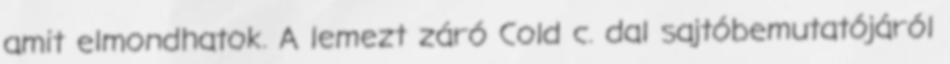
amit elmondhatok. A lemezt záró Cold c. dal sajtóbemutatójáról